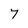
Character: 7